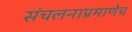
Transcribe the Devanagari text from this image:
संचलनाप्रमाणेच